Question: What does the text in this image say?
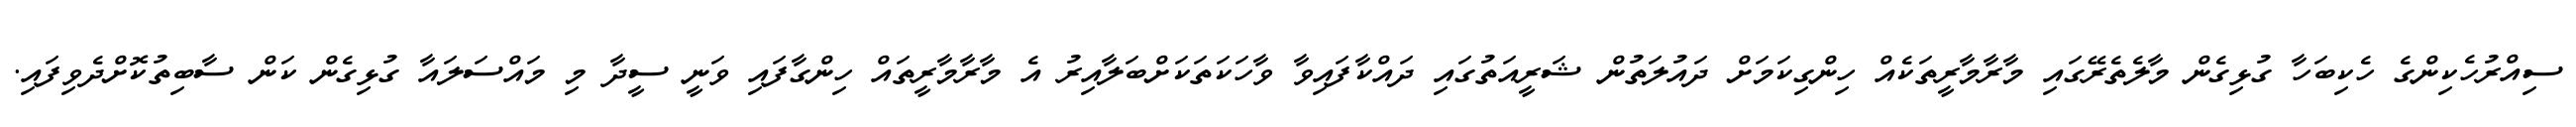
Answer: ސިއްރުހެކިންގެ ހެކިބަހާ ގުޅިގެން މާލެތެރޭގައި މާރާމާރީތަކެއް ހިންގިކަމަށް ދައުލަތުން ޝަރީއަތުގައި ދައްކާފައިވާ ވާހަކަތަކަށްބަލާއިރު އެ މާރާމާރީތައް ހިންގާފައި ވަނީ ސީދާ މި މައްސަލައާ ގުޅިގެން ކަން ސާބިތުކޮށްދެވިފައި.